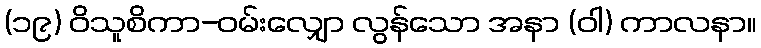
(၁၉) ဝိသူစိကာ-ဝမ်းလျှော လွန်သော အနာ (ဝါ) ကာလနာ။